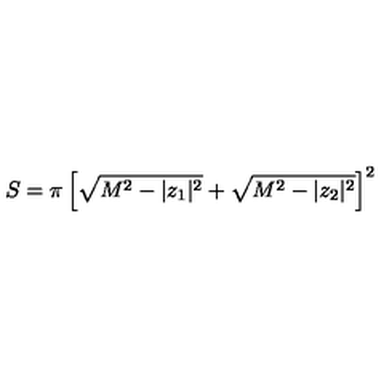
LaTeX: S = \pi \left[ \sqrt { M ^ { 2 } - | z _ { 1 } | ^ { 2 } } + \sqrt { M ^ { 2 } - | z _ { 2 } | ^ { 2 } } \right] ^ { 2 }